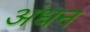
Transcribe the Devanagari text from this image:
अंधन